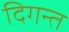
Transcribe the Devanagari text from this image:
दिगन्त